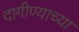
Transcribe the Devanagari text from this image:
दागीण्याच्या